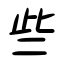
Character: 些